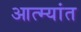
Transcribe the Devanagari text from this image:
आत्म्यांत